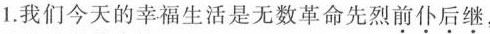
1.我们今天的幸福生活是无数革命先烈前仆后继，